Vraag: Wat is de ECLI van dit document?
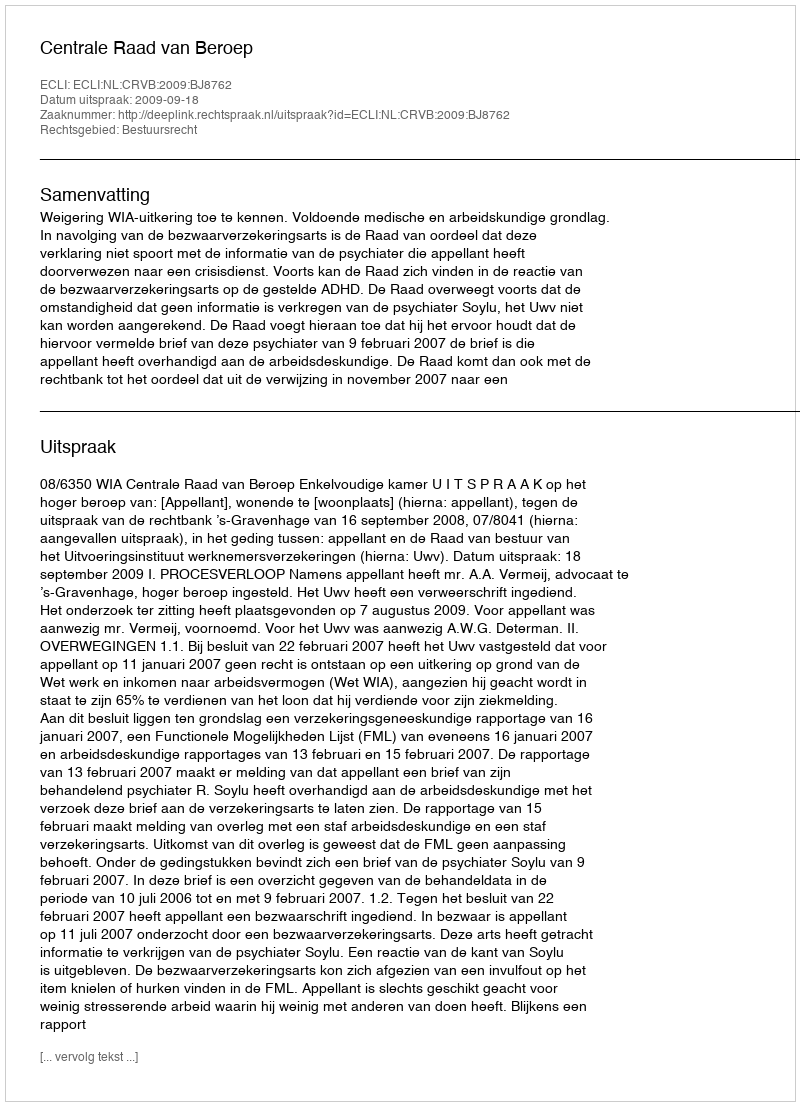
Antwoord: ECLI:NL:CRVB:2009:BJ8762